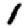
Digit: 1